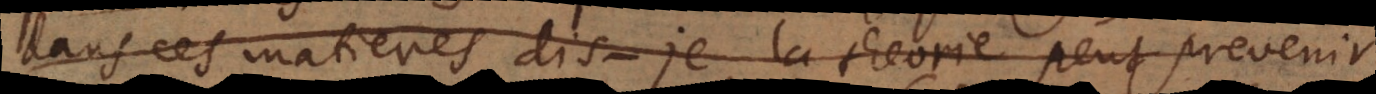
dans ces matieres dis‐je, la theorie peut prevenir